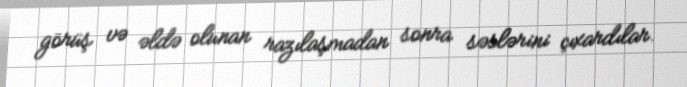
görüş və əldə olunan razılaşmadan sonra səslərini çıxardılar.